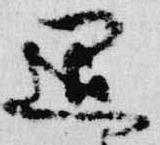
退